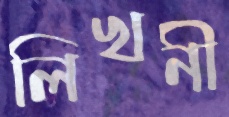
লিখনী